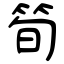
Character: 筍